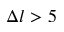
\Delta l > 5